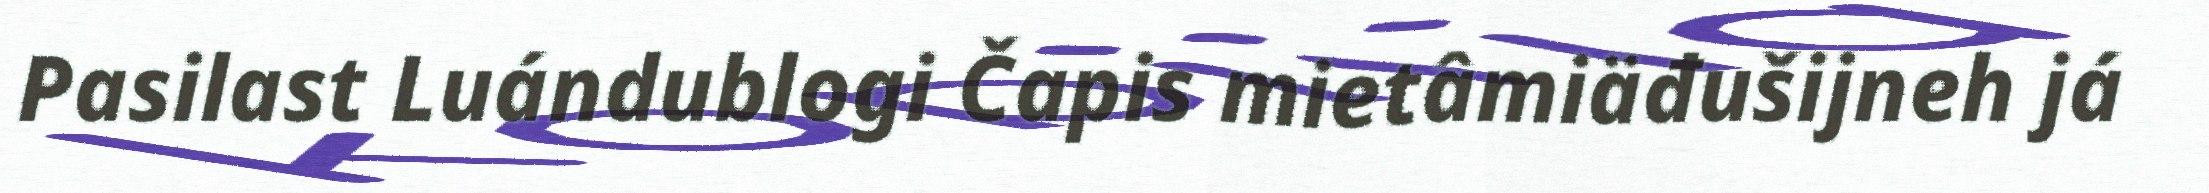
Pasilast Luándublogi Čapis mietâmiäđušijneh já